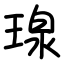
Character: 瑔